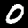
Label: 0